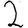
Digit: 2